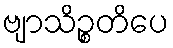
ဗျာသိဉ္စတိပေ